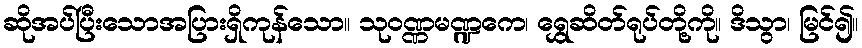
ဆိုအပ်ပြီးသောအပြားရှိကုန်သော။ သုဝဏ္ဏမဏ္ဍကေ၊ ရွှေဆိတ်ရုပ်တို့ကို။ ဒိသွာ၊ မြင်၍။